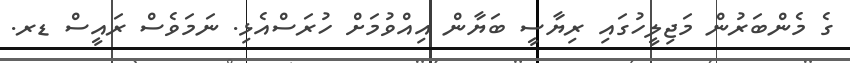
ގެ މެންބަރުން މަޖިލީހުގައި ރިޔާސީ ބަޔާން އިއްވުމަށް ހުރަސްއެޅި. ނަމަވެސް ރައީސް ޑރ.